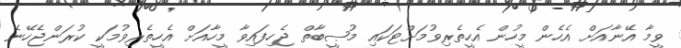
ވީމާ އޭނާއަށް އެހެން މީހުން އެހީތެރިވުމަށްޓަކައި މުޞީބާތް ޖެހިފައިވާ މީހާއަށް އެހީތެރިވުމަކީ ކުރަންޖެހޭނެ